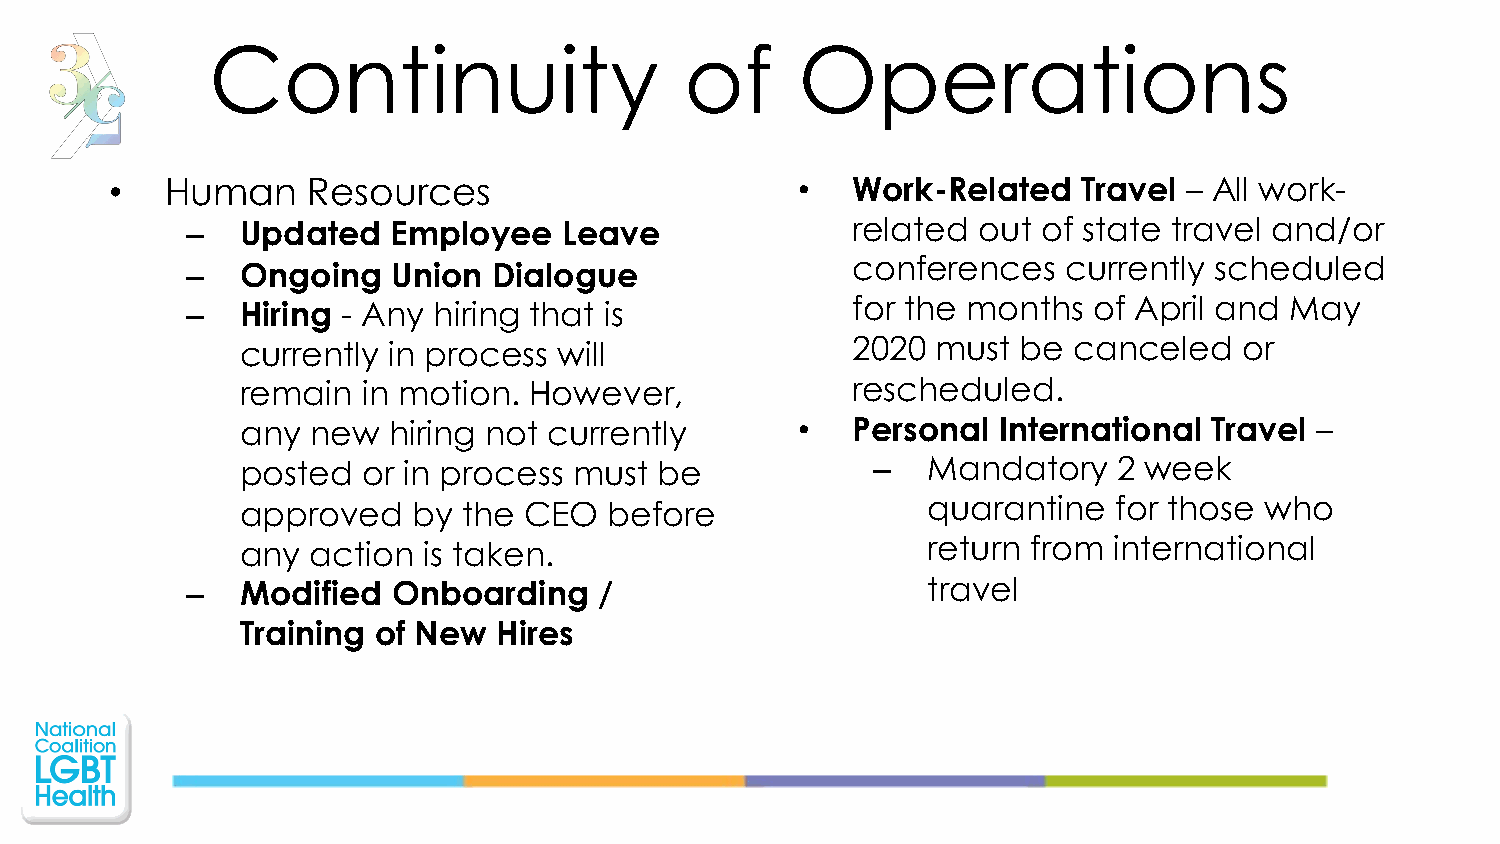
Continuity                     of      Operations
 •   Human    Resources                        •  Work-Related    Travel – All work-
 –   Updated   Employee   Leave              related  out of state travel and/or
 –   Ongoing   Union  Dialogue               conferences    currently scheduled
 –   Hiring - Any hiring that is             for the months  of April and May
 currently in process will               2020  must  be canceled   or
 remain  in motion. However,             rescheduled.
 any  new  hiring not currently       •  Personal  International Travel –
 posted  or in process must  be            –  Mandatory    2 week
 quarantine   for those who
 approved   by  the CEO  before
 any  action is taken.                        return from  international
 –   Modified  Onboarding    /                    travel
 Training of New  Hires